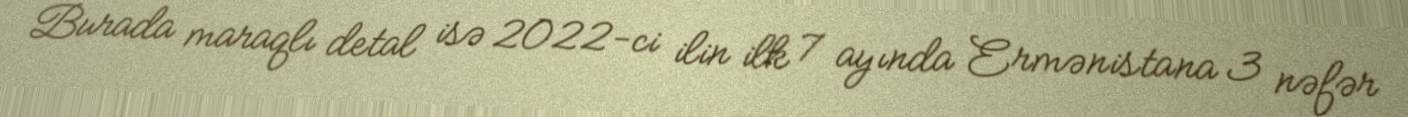
Burada maraqlı detal isə 2022-ci ilin ilk 7 ayında Ermənistana 3 nəfər